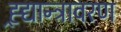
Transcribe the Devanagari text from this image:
ह्र्द्यान्त्रावरण